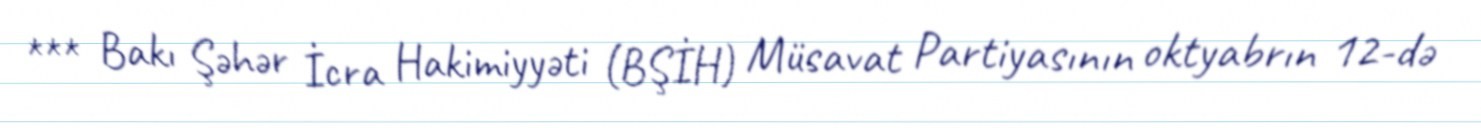
*** Bakı Şəhər İcra Hakimiyyəti (BŞİH) Müsavat Partiyasının oktyabrın 12-də